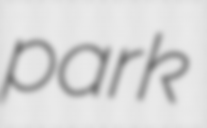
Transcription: park